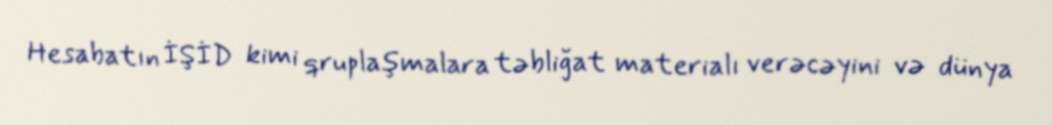
Hesabatın İŞİD kimi qruplaşmalara təbliğat materialı verəcəyini və dünya